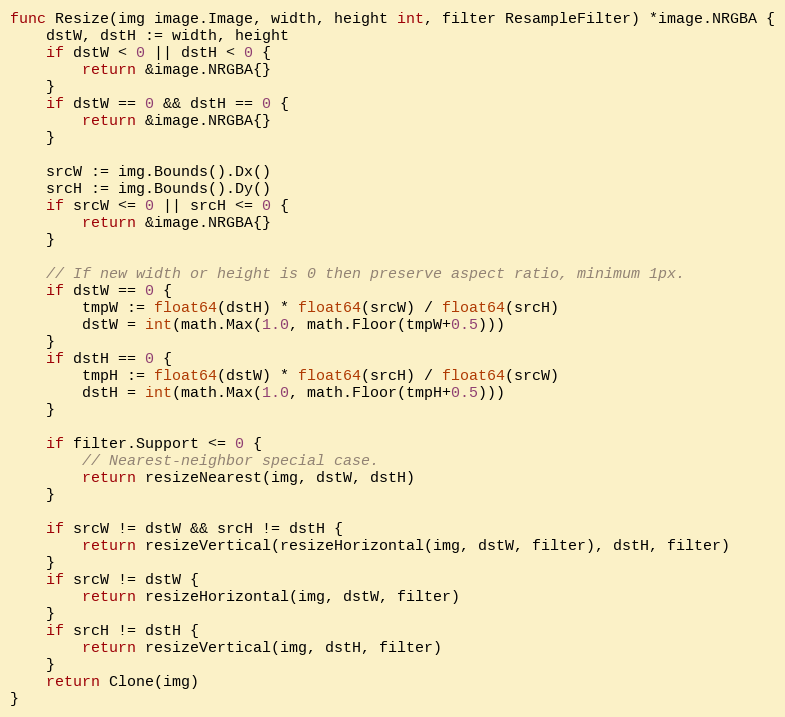
Language: Go
func Resize(img image.Image, width, height int, filter ResampleFilter) *image.NRGBA {
	dstW, dstH := width, height
	if dstW < 0 || dstH < 0 {
		return &image.NRGBA{}
	}
	if dstW == 0 && dstH == 0 {
		return &image.NRGBA{}
	}

	srcW := img.Bounds().Dx()
	srcH := img.Bounds().Dy()
	if srcW <= 0 || srcH <= 0 {
		return &image.NRGBA{}
	}

	// If new width or height is 0 then preserve aspect ratio, minimum 1px.
	if dstW == 0 {
		tmpW := float64(dstH) * float64(srcW) / float64(srcH)
		dstW = int(math.Max(1.0, math.Floor(tmpW+0.5)))
	}
	if dstH == 0 {
		tmpH := float64(dstW) * float64(srcH) / float64(srcW)
		dstH = int(math.Max(1.0, math.Floor(tmpH+0.5)))
	}

	if filter.Support <= 0 {
		// Nearest-neighbor special case.
		return resizeNearest(img, dstW, dstH)
	}

	if srcW != dstW && srcH != dstH {
		return resizeVertical(resizeHorizontal(img, dstW, filter), dstH, filter)
	}
	if srcW != dstW {
		return resizeHorizontal(img, dstW, filter)
	}
	if srcH != dstH {
		return resizeVertical(img, dstH, filter)
	}
	return Clone(img)
}